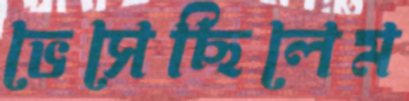
ভেসেছিলেম